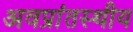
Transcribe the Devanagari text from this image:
अवप्रांतस्थीय